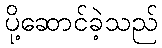
ပို့ဆောင်ခဲ့သည်